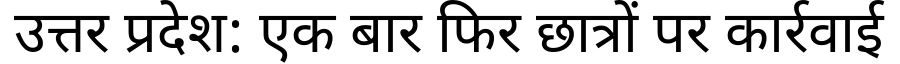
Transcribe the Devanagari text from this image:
उत्तर प्रदेश: एक बार फिर छात्रों पर कार्रवाई